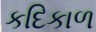
કદિકાળ